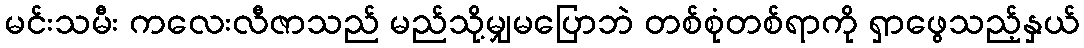
မင်းသမီး ကလေးလီဇာသည် မည်သို့မျှမပြောဘဲ တစ်စုံတစ်ရာကို ရှာဖွေသည့်နှယ်